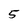
Character: 5